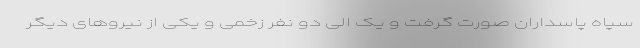
سپاه پاسداران صورت گرفت و یک الی دو نفر زخمی و یکی از نیروهای دیگر